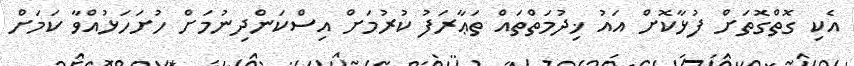
އެކި ގޮތްގޮތަށް ފުޅާކޮށް އައު ޚިދުމަތްތައް ތަޢާރަފު ކުރުމަށް އިސްކަންދިނުމަށް ހުށަހަޅުއްވާ ކަމަށް